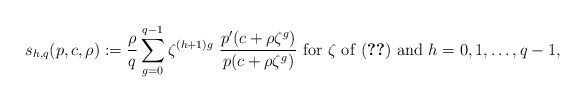
\begin{align*}s_{h,q}(p,c,\rho): =\frac{\rho}{q}\sum_{g=0}^{q-1}\zeta^{(h+1)g}~\frac{p'(c+\rho\zeta^g)}{p(c+\rho\zeta^g)}~{\rm for}~\zeta~{\rm of~(\ref{eqzt})~and}~h=0,1,\dots,q-1, \end{align*}